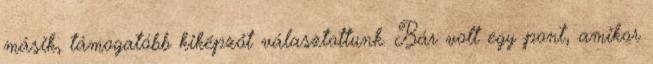
másik, támogatóbb kiképzőt választottunk. Bár volt egy pont, amikor